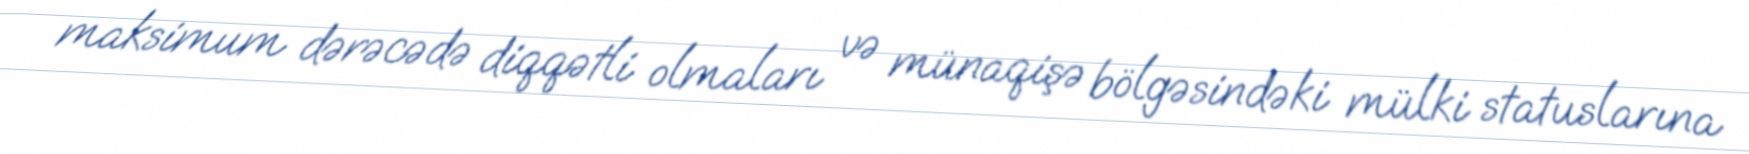
maksimum dərəcədə diqqətli olmaları və münaqişə bölgəsindəki mülki statuslarına